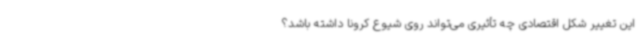
این تغییر شکل اقتصادی چه تأثیری می‌تواند روی شیوع کرونا داشته باشد؟